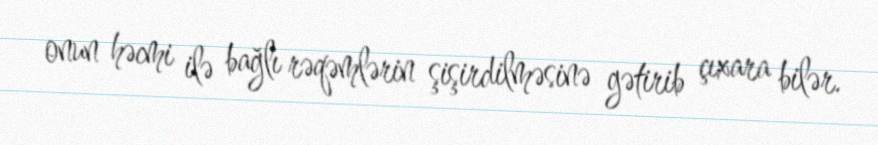
onun həcmi ilə bağlı rəqəmlərin şişirdilməsinə gətirib çıxara bilər.